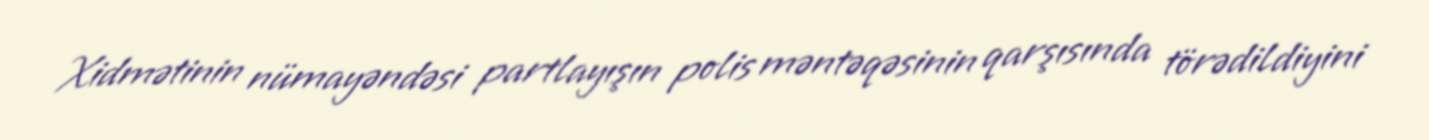
Xidmətinin nümayəndəsi partlayışın polis məntəqəsinin qarşısında törədildiyini